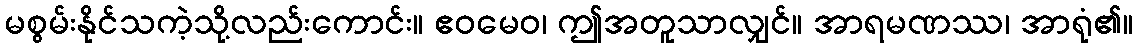
မစွမ်းနိုင်သကဲ့သို့လည်းကောင်း။ ဧဝမေဝ၊ ဤအတူသာလျှင်။ အာရမဏဿ၊ အာရုံ၏။